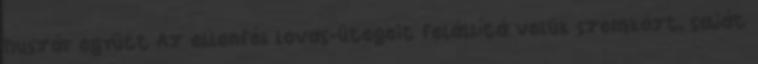
huszár együtt Az ellenfél lovas-ütegeit felállítá velük szemközt, saját